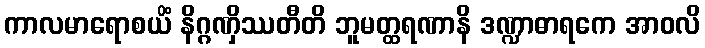
ကာလမာရောစယိံ နိဂ္ဂဏှိဿတီတိ ဘူမတ္ထရဏာနိ ဒဏ္ဍာဓာရကေ အာဝလိ